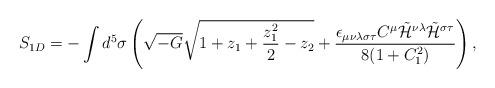
LaTeX: \begin{align*}S_{1D}= - \int d^5 \sigma \left(\sqrt{-G}\sqrt{1+z_1+\frac{z_1^2}{2}-z_2}+\frac{\epsilon_{\mu\nu\lambda\sigma\tau}C^{\mu}\tilde{\cal H}^{\nu\lambda}\tilde{\cal H}^{\sigma\tau}}{8(1+C_1^2)}\right),\end{align*}